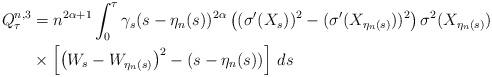
LaTeX: \begin{align*}Q^{n,3} _\tau&= n^{2\alpha+1}\int^{\tau}_0\gamma_s(s-\eta_n(s))^{2\alpha}\left( (\sigma'(X_s))^2- ( \sigma'(X_{\eta_n(s)}))^2 \right)\sigma^2(X_{\eta_n(s)}) \, \\& \times \left[\left(W_s-W_{\eta_n(s)}\right)^2 -(s-\eta_n(s))\right]\,ds\end{align*}